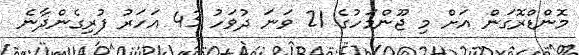
މޮންޑްރޮގަން އަށް މި ޖޫންމަހުގެ 21 ވަަނަ ދުވަހު 43 އަހަރު ފުރިގެންދާނެ